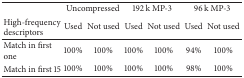
|  | <COLSPAN=2> Uncompressed | <COLSPAN=2> 192 k MP-3 | <COLSPAN=2> 96 k MP-3 |
 | High-frequencydescriptors | Used | Not used | Used | Not used | Used | Not used |
 | --- | --- | --- | --- | --- | --- | --- |
 | Match in first one | 100% | 100% | 100% | 100% | 94% | 100% |
 | Match in first 15 | 100% | 100% | 100% | 100% | 98% | 100% |